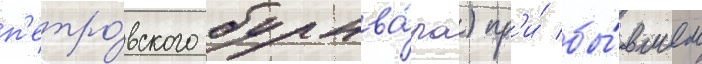
п'етро́вского бульва́ра) пр'и́ бы́вшем